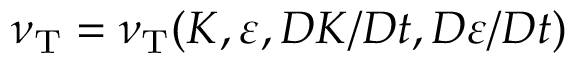
\nu _ { \mathrm { { T } } } = \nu _ { \mathrm { { T } } } ( K , \varepsilon , D K / D t , D \varepsilon / D t )